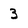
Character: 3